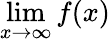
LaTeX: \operatorname*{lim}_{x\to\infty}f(x)